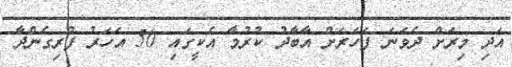
އަދި މިރަށް ދެވަނަ ފަހަރަށް އާބާދު ކުރުމާ އެކީގައި 50 އަހަރު ފުރިގެންދާ